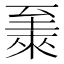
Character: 𫇏